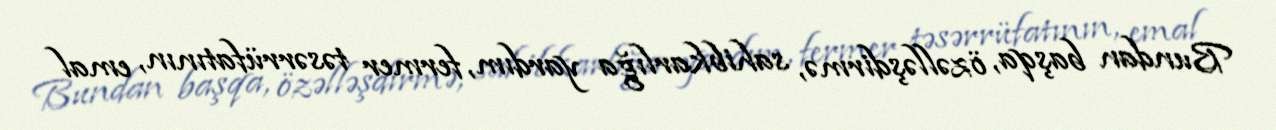
Bundan başqa, özəlləşdirmə, sahibkarlığa yardım, fermer təsərrüfatının, emal